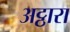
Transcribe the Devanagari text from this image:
अट्ठारा